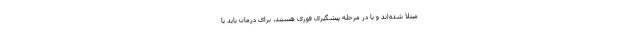
مبتلا شده‌اند و یا در مرحله پیشگیری فوری هستند، برای درمان باید یا